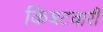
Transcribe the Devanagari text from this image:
किश्टवारी